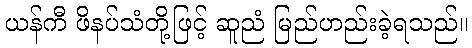
ယန်ကီ ဖိနပ်သံတို့ဖြင့် ဆူညံ မြည်ဟည်းခဲ့ရသည်။